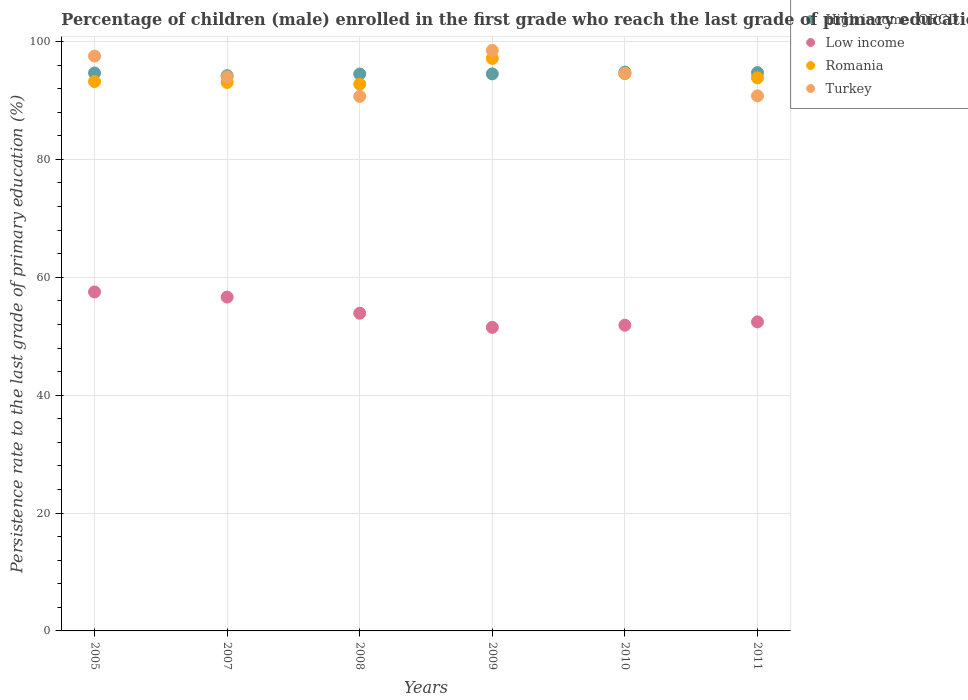
| Years | High income: OECD | Low income | Romania | Turkey |
 | --- | --- | --- | --- | --- |
 | 2005 | 94.7 | 57.5 | 93.2 | 97.5 |
 | 2007 | 94.2 | 56.6 | 93.1 | 94 |
 | 2008 | 94.5 | 53.9 | 92.8 | 90.7 |
 | 2009 | 94.5 | 51.5 | 97.1 | 98.5 |
 | 2010 | 94.8 | 51.9 | 94.5 | 94.6 |
 | 2011 | 94.7 | 52.4 | 93.8 | 90.8 |